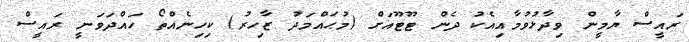
ރައީސް ޔާމީން ވިދާޅުވުމާއިއެކު ދެން ޓޫޓޫއަށް (މުޙައްމަދު ޒާހިރު) ކިހިނެއްތޯ ހައްދަވަނީ ރައީސް